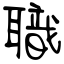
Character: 職